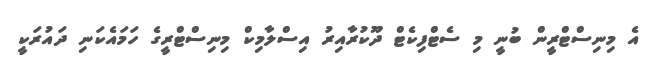
އެ މިނިސްޓްރީން ބުނީ މި ސެޓްފިކެޓް ދޫކުރާއިރު އިސްލާމިކް މިނިސްޓްރީގެ ހަމައެކަނި ދައުރަކީ